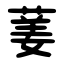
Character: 葁